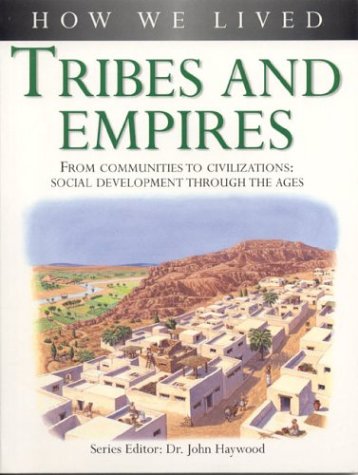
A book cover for Tribes and Empires (How We Lived); Dr. John Haywood; Children's Books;